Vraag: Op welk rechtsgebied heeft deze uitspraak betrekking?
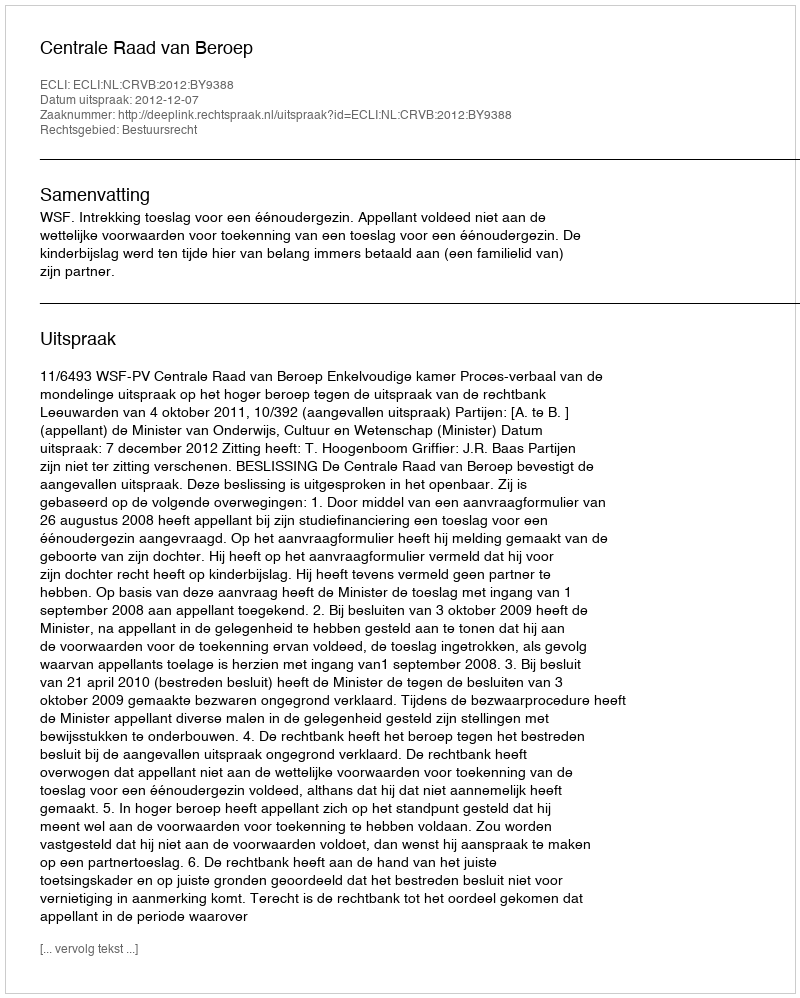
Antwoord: Bestuursrecht